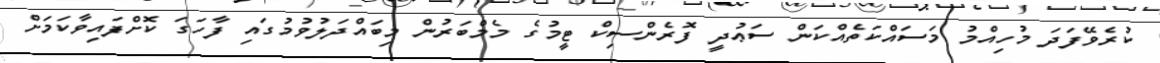
ކުރެވޭފަދަ މުހިއްމު މަސައްކަތެއްކަން ސަޢުދީ ފޮރެންސިކް ޓީމުގެ މެމްބަރުން މިބައްދަލުވުމުގައި ފާހަގަ ކޮށްފައިވާކަމަށް